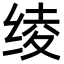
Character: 绫